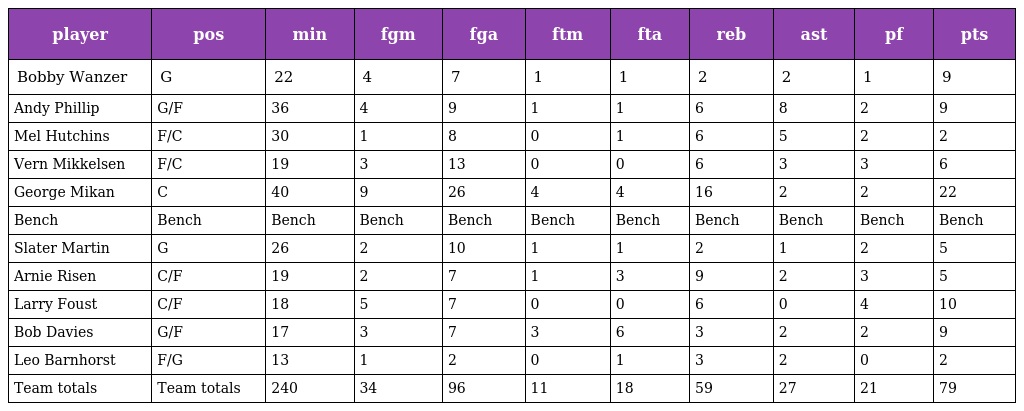
| player | pos | min | fgm | fga | ftm | fta | reb | ast | pf | pts |
 | --- | --- | --- | --- | --- | --- | --- | --- | --- | --- | --- |
 | Bobby Wanzer | G | 22 | 4 | 7 | 1 | 1 | 2 | 2 | 1 | 9 |
 | Andy Phillip | G/F | 36 | 4 | 9 | 1 | 1 | 6 | 8 | 2 | 9 |
 | Mel Hutchins | F/C | 30 | 1 | 8 | 0 | 1 | 6 | 5 | 2 | 2 |
 | Vern Mikkelsen | F/C | 19 | 3 | 13 | 0 | 0 | 6 | 3 | 3 | 6 |
 | George Mikan | C | 40 | 9 | 26 | 4 | 4 | 16 | 2 | 2 | 22 |
 | Bench | Bench | Bench | Bench | Bench | Bench | Bench | Bench | Bench | Bench | Bench |
 | Slater Martin | G | 26 | 2 | 10 | 1 | 1 | 2 | 1 | 2 | 5 |
 | Arnie Risen | C/F | 19 | 2 | 7 | 1 | 3 | 9 | 2 | 3 | 5 |
 | Larry Foust | C/F | 18 | 5 | 7 | 0 | 0 | 6 | 0 | 4 | 10 |
 | Bob Davies | G/F | 17 | 3 | 7 | 3 | 6 | 3 | 2 | 2 | 9 |
 | Leo Barnhorst | F/G | 13 | 1 | 2 | 0 | 1 | 3 | 2 | 0 | 2 |
 | Team totals | Team totals | 240 | 34 | 96 | 11 | 18 | 59 | 27 | 21 | 79 |